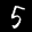
Label: 5